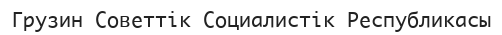
Грузин Советтік Социалистік Республикасы